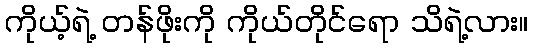
ကိုယ့်ရဲ့ တန်ဖိုးကို ကိုယ်တိုင်ရော သိရဲ့လား။